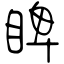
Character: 睥